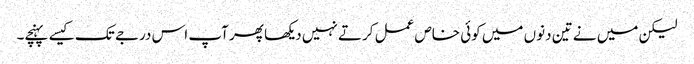
لیکن میں نے تین دنوں میں کوئی خاص عمل کرتے نہیں دیکھا پھر آپ اس درجے تک کیسے پہنچے۔